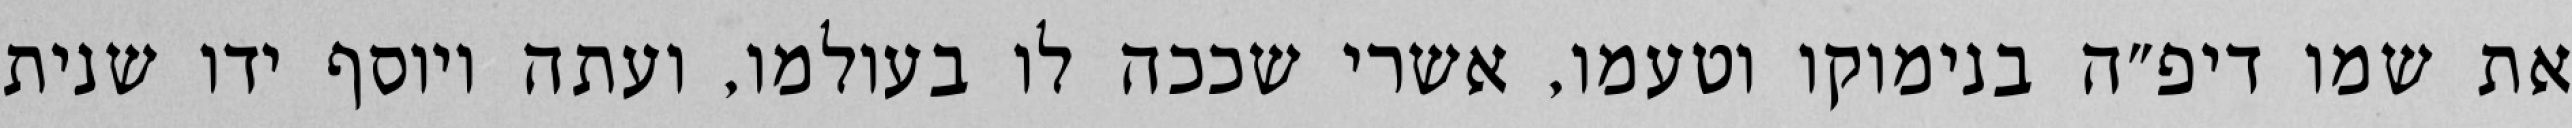
את שמו דיפ״ה בנימוקו וטעמו, אשרי שככה לו בעולמו, ועתה ויוסף ידו שנית